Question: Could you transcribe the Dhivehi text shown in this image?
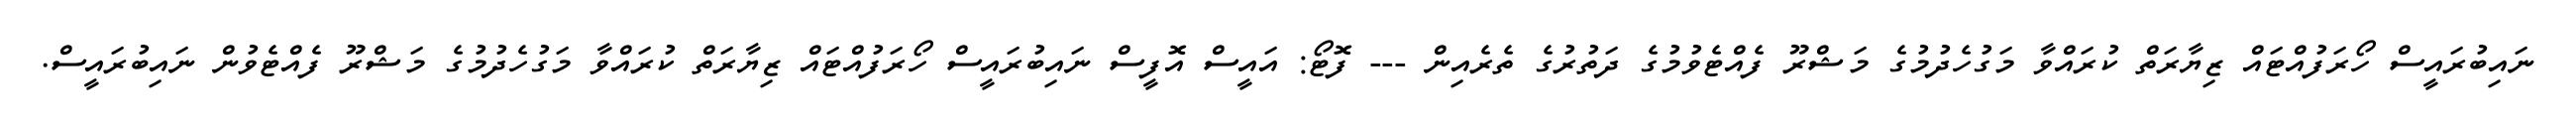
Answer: ނައިބުރައީސް ހޯރަފުއްޓައް ޒިޔާރަތް ކުރައްވާ މަގުހެދުމުގެ މަޝްރޫ ފެއްޓެވުމުގެ ދަތުރުގެ ތެރެއިން --- ފޮޓޯ: އައީސް އޮފީސް ނައިބުރައީސް ހޯރަފުއްޓައް ޒިޔާރަތް ކުރައްވާ މަގުހެދުމުގެ މަޝްރޫ ފެއްޓެވުން ނައިބުރައީސް.